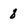
Character: 8